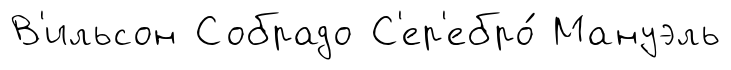
В'ильсон Собрадо С'ер'ебро́ Мануэль